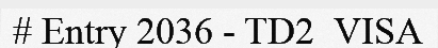
# Entry 2036 - TD2_VISA